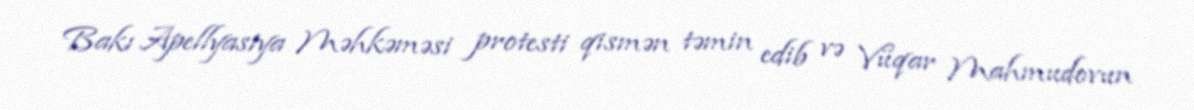
Bakı Apellyasiya Məhkəməsi protesti qismən təmin edib və Vüqar Mahmudovun